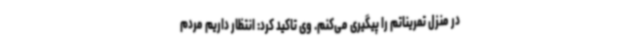
در منزل تمریناتم را پیگیری می‌کنم. وی تاکید کرد: انتظار داریم مردم